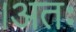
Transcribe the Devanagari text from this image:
।अतः